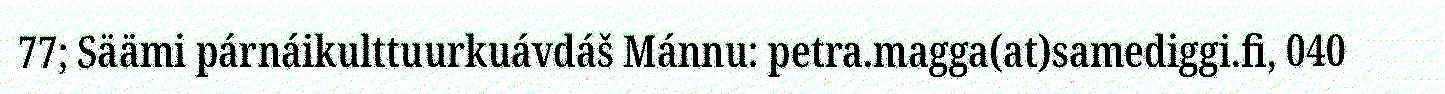
77; Säämi párnáikulttuurkuávdáš Mánnu: petra.magga(at)samediggi.fi, 040